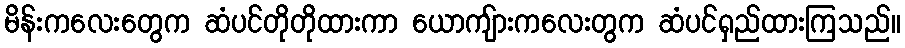
မိန်းကလေးတွေက ဆံပင်တိုတိုထားကာ ယောကျ်ားကလေးတွက ဆံပင်ရှည်ထားကြသည်။